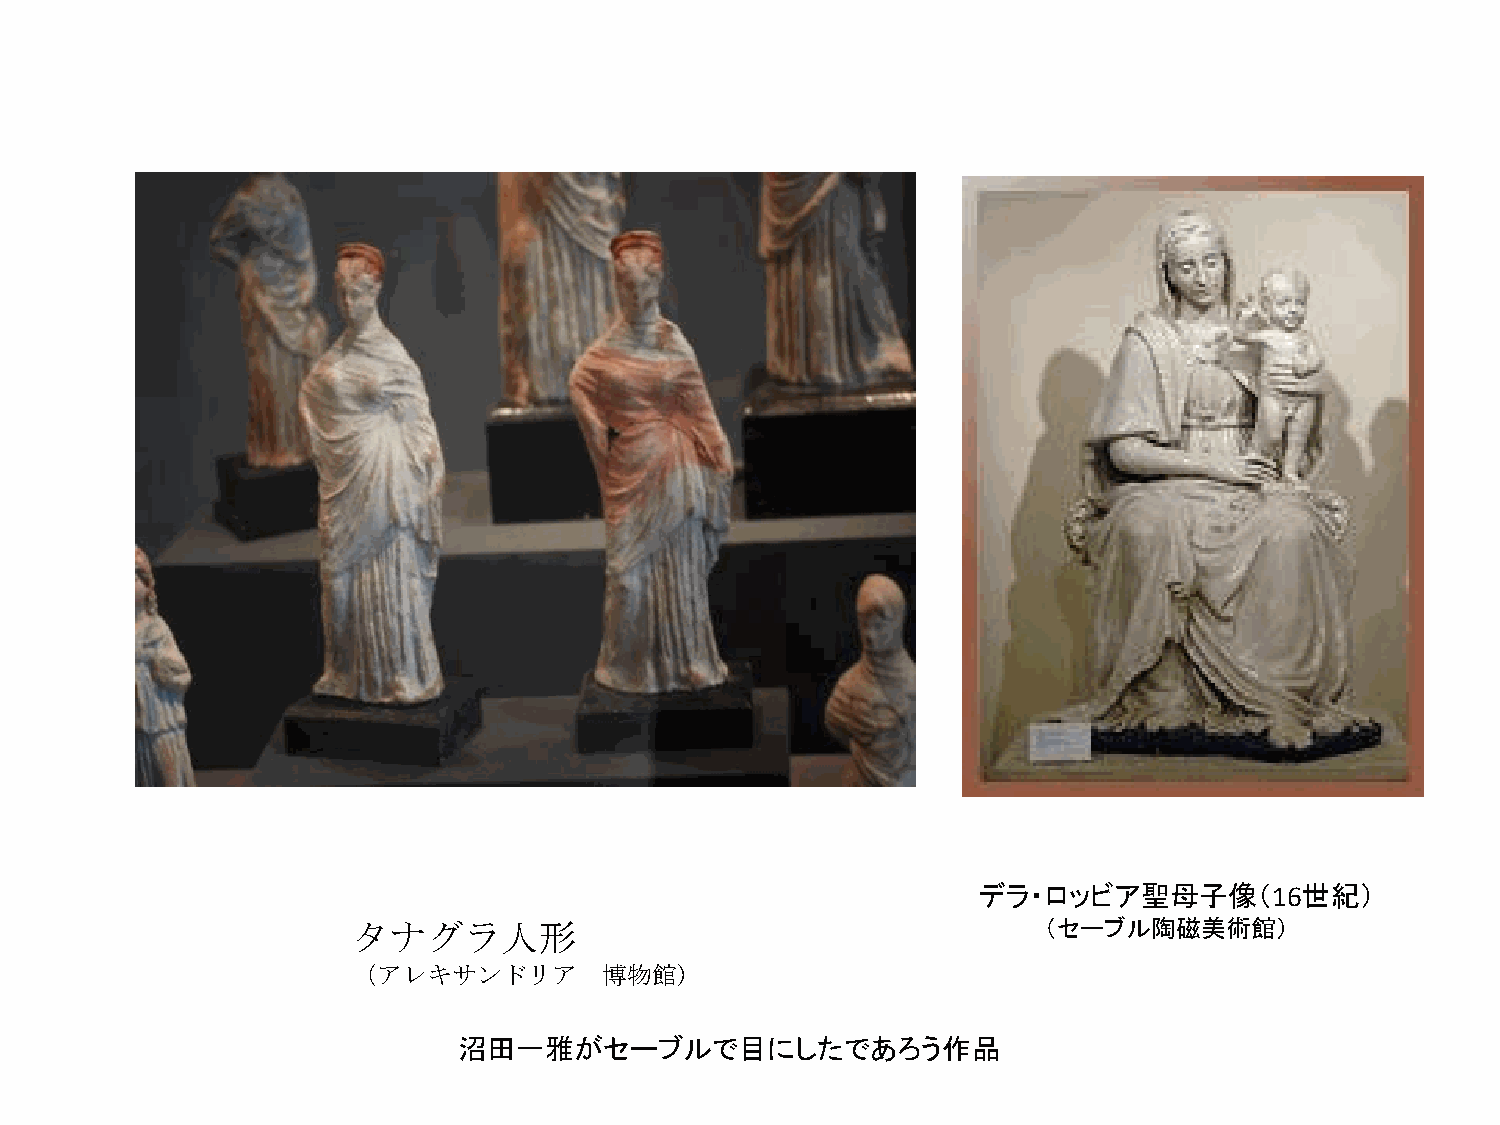
デラ・ロッビア聖母子像（16世紀）
 タナグラ人形                                        （セーブル陶磁美術館）
 （アレキサンドリア        博物館)
 沼田一雅がセーブルで目にしたであろう作品